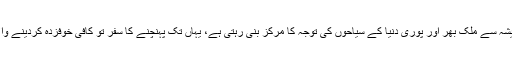
سطح سمندر سے 10578 فٹ بلند سیف الملوک جھیل ہمیشہ سے ملک بھر اور پوری دنیا کے سیاحوں کی توجہ کا مرکز بنی رہتی ہے، یہاں تک پہنچنے کا سفر تو کافی خوفزدہ کردینے والا ہوتا ہے مگر اس جھیل کی دید سب کچھ بھلا دیتی ہے۔